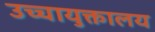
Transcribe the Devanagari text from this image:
उच्चायुक्तालय